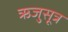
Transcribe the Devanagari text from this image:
ऋजुसूत्र